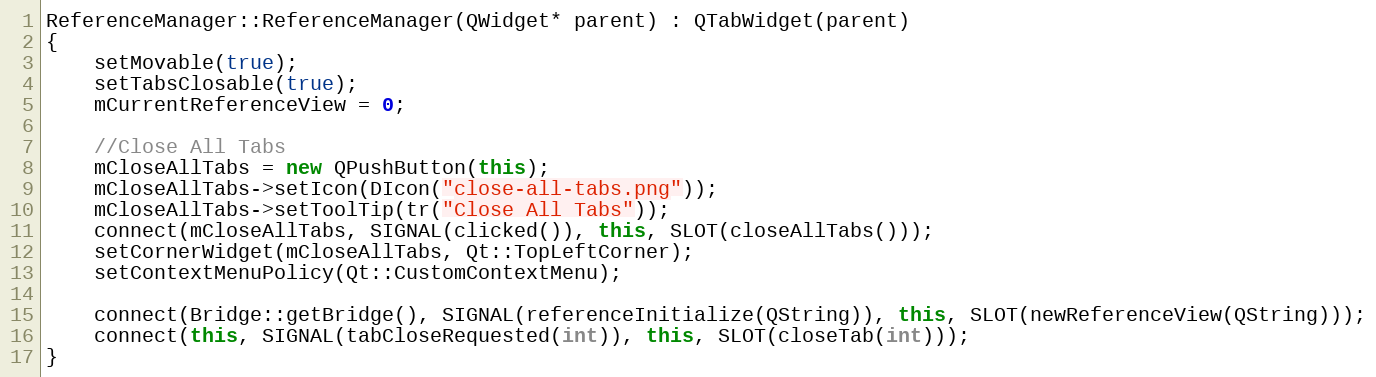
Language: C++
ReferenceManager::ReferenceManager(QWidget* parent) : QTabWidget(parent)
{
    setMovable(true);
    setTabsClosable(true);
    mCurrentReferenceView = 0;

    //Close All Tabs
    mCloseAllTabs = new QPushButton(this);
    mCloseAllTabs->setIcon(DIcon("close-all-tabs.png"));
    mCloseAllTabs->setToolTip(tr("Close All Tabs"));
    connect(mCloseAllTabs, SIGNAL(clicked()), this, SLOT(closeAllTabs()));
    setCornerWidget(mCloseAllTabs, Qt::TopLeftCorner);
    setContextMenuPolicy(Qt::CustomContextMenu);

    connect(Bridge::getBridge(), SIGNAL(referenceInitialize(QString)), this, SLOT(newReferenceView(QString)));
    connect(this, SIGNAL(tabCloseRequested(int)), this, SLOT(closeTab(int)));
}